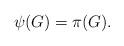
LaTeX: \begin{align*}\psi(G) = \pi(G).\end{align*}